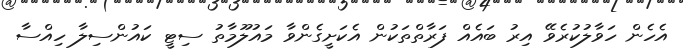
އެހެން ހަވާލުކުރެވޭ އިރު ބައެއް ފަރާތްތަކުން އެކަށީގެންވާ މައުލޫމާތު ސިޓީ ކައުންސިލާ ހިއްސާ